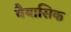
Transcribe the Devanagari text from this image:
वैयासिक